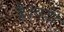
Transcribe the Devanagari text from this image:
है।वहीं